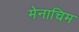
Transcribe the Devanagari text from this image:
मेनाचिम